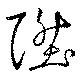
陞